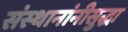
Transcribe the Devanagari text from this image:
संस्थानांनीसुद्धा